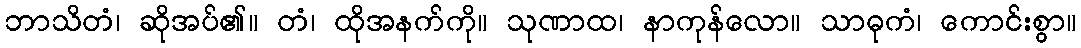
ဘာသိတံ၊ ဆိုအပ်၏။ တံ၊ ထိုအနက်ကို။ သုဏာထ၊ နာကုန်လော။ သာဓုကံ၊ ကောင်းစွာ။